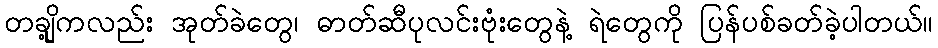
တချို့ကလည်း အုတ်ခဲတွေ၊ ဓာတ်ဆီပုလင်းဗုံးတွေနဲ့ ရဲတွေကို ပြန်ပစ်ခတ်ခဲ့ပါတယ်။